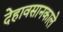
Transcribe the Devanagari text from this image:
देहावसानकाले